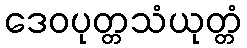
ဒေဝပုတ္တသံယုတ္တံ